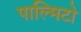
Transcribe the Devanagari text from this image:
पाल्मिटो